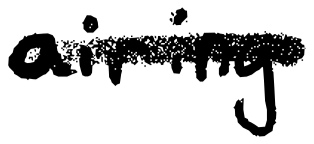
Text: airing
Cross-out: mix
Writing tool: digital_black